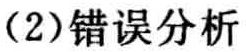
（2）错误分析